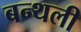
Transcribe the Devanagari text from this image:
बन्थली